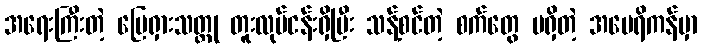
အရေးကြီးတဲ့ မြေရှားသတ္တု တူးလုပ်ငန်းရှိပြီး သန့်စင်တဲ့ စက်တွေ မရှိတဲ့ အမေရိကန်မှာ